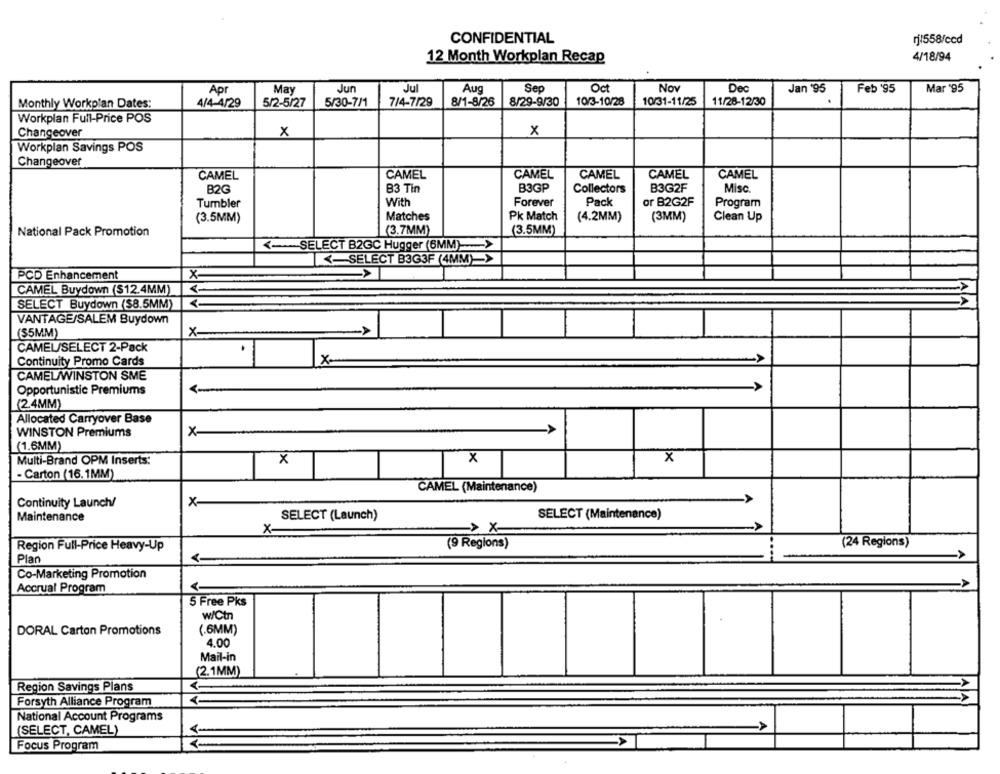
CONFIDENTIAL
rj1558/ccd
12 Month Workplan Recap
4/18/94
Apr
May
Jun
Jul
Aug
Sep
Oct
Nov
Dec
Jan '95
Feb '95
Mar '95
10/31-11/25
.
Monthly Workplan Dates:
4/4-4/29
5/2-5/27
5/30-7/1
7/4-7/29
8/1-8/26
8/29-9/30
10/3-10/28
11/28-12/30
Workplan Full-Price POS
x
x
Changeover
Workplan Savings POS
Changeover
CAMEL
CAMEL
CAMEL
CAMEL
CAMEL
CAMEL
B2G
B3 Tin
B3GP
Collectors
B3G2F
Misc
With
Forever
Pack
or B2G2F
Tumbler
Program
(3.5MM)
Matches
Pk Match
(4.2MM)
(3MM)
Clean Up
National Pack Promotion
(3.7MM)
(3.5MM)
<- SELECT B2GC Hugger (6MM)->
<- SELECT B3G3F (4MM)=>
PCD Enhancement
CAMEL Buydown ($12.4MM)
SELECT Buydown ($8.5MM)
XIVV
VANTAGE/SALEM Buydown
($5MM)
X-
CAMEL/SELECT 2-Pack
.
Continuity Promo Cards
X-
CAMEL/WINSTON SME
Opportunistic Premiums
(2.4MM)
Allocated Carryover Base
WINSTON Premiums
X
(1.6MM)
X
Multi-Brand OPM Inserts:
X
X
- Carton (16.1MM)
CAMEL (Maintenance)
Continuity Launch/
x
Maintenance
SELECT (Launch)
SELECT (Maintenance)
X-
-> X
Region Full-Price Heavy-Up
(9 Regions)
(24 Regions)
A
Plan
Co-Marketing Promotion
Accrual Program
<-
5 Free Pks
W/Ctn
DORAL Carton Promotions
(.6MM)
4.00
Mail-in
(2.1MM)
Region Savings Plans
Forsyth Alliance Program
National Account Programs
(SELECT, CAMEL)
Focus Program